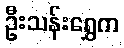
ဦးသန်းရွှေက